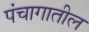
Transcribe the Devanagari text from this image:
पंचागातील